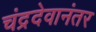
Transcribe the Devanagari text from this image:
चंद्रदेवानंतर